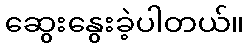
ဆွေးနွေးခဲ့ပါတယ်။